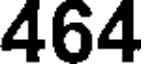
464